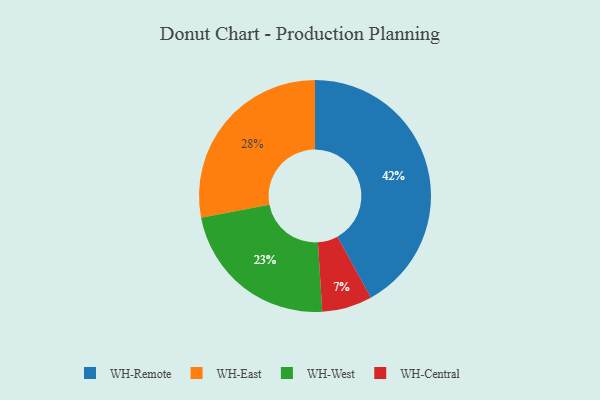
{"axis": {"x": "Category", "y": "Percentage"}, "legend": ["WH-Central", "WH-East", "WH-Remote", "WH-West"], "data": [{"x": "WH-Remote", "y": 42, "type": "WH-Remote"}, {"x": "WH-East", "y": 28, "type": "WH-East"}, {"x": "WH-Central", "y": 7, "type": "WH-Central"}, {"x": "WH-West", "y": 23, "type": "WH-West"}]}